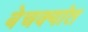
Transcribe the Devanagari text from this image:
बेचक्यांत